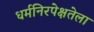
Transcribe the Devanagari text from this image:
धर्मनिरपेक्षतेला